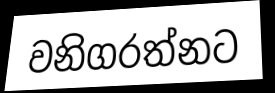
වනිගරත්නට